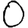
Digit: 0